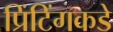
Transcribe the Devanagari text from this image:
प्रिंटिंगकडे